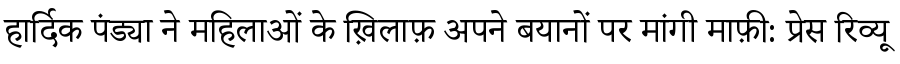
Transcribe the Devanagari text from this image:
हार्दिक पंड्या ने महिलाओं के ख़िलाफ़ अपने बयानों पर मांगी माफ़ी: प्रेस रिव्यू